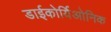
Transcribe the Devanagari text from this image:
डाईकोर्यिओनिक